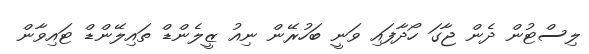
ލިސްޓުން ދެން ޖާގަ ހޯދާފައި ވަނީ ބަހުރޭން ނިއު ޒީލެންޑް ތައިލޭންޑް ޓައިވާން